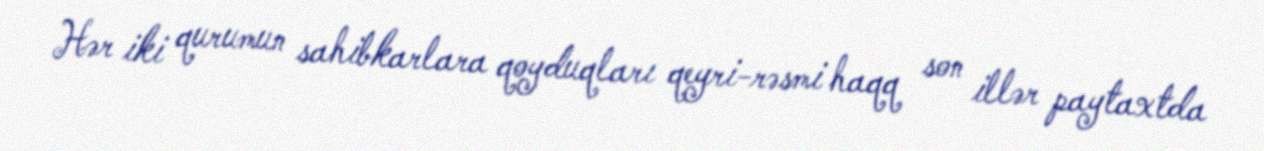
Hər iki qurumun sahibkarlara qoyduqları qeyri-rəsmi haqq son illər paytaxtda